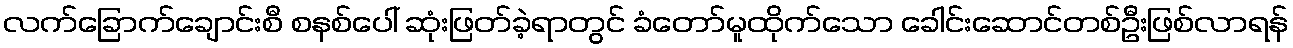
လက်ခြောက်ချောင်းစီ စနစ်ပေါ် ဆုံးဖြတ်ခဲ့ရာတွင် ခံတော်မူထိုက်သော ခေါင်းဆောင်တစ်ဦးဖြစ်လာရန်